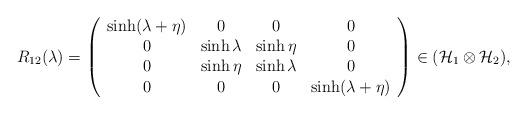
LaTeX: \begin{align*}R_{12}(\lambda )=\left( \begin{array}{cccc}\sinh (\lambda +\eta ) & 0 & 0 & 0 \\ 0 & \sinh \lambda & \sinh \eta & 0 \\ 0 & \sinh \eta & \sinh \lambda & 0 \\ 0 & 0 & 0 & \sinh (\lambda +\eta )\end{array}\right) \in (\mathcal{H}_{1}\otimes \mathcal{H}_{2}),\end{align*}